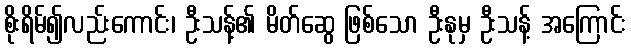
စိုးရိမ်၍လည်းကောင်း၊ ဦးသန့်၏ မိတ်ဆွေ ဖြစ်သော ဦးနုမှ ဦးသန့် အကြောင်း